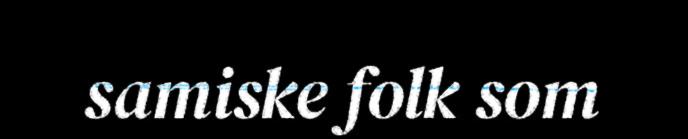
samiske folk som